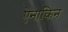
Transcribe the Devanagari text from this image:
ऐनाकिन